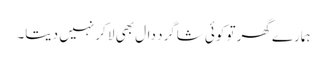
ہمارے گھر تو کوئی شاگرد دال بھی لا کر نہیں دیتا۔